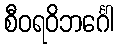
စီဝရဝိဘင်္ဂေါ